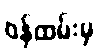
ဝန်ထမ်းမှ